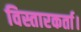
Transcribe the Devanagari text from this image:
विस्तारकर्ता।